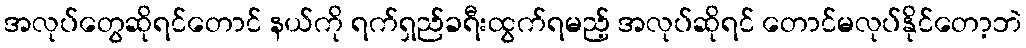
အလုပ်တွေဆိုရင်တောင် နယ်ကို ရက်ရှည်ခရီးထွက်ရမည့် အလုပ်ဆိုရင် တောင်မလုပ်နိုင်တော့ဘဲ